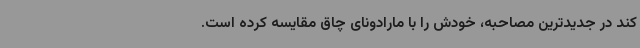
کند در جدیدترین مصاحبه، خودش را با مارادونای چاق مقایسه کرده است.